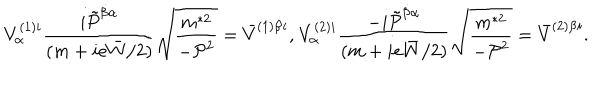
{ \displaystyle V _ { \alpha } ^ { ( 1 ) i } \frac { i \tilde { \cal P } ^ { \dot { \beta } \alpha } } { ( m + i e \bar { W } / 2 ) } \sqrt { \frac { m ^ { * 2 } } { - { \cal P } ^ { 2 } } } = \bar { V } ^ { ( 1 ) \dot { \beta } i } \mathrm { , ~ } V _ { \alpha } ^ { ( 2 ) i } \frac { - i \tilde { \cal P } ^ { \dot { \beta } \alpha } } { ( m + i e \bar { W } / 2 ) } \sqrt { \frac { m ^ { * 2 } } { - { \cal P } ^ { 2 } } } = \bar { V } ^ { ( 2 ) \dot { \beta } i } } .